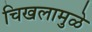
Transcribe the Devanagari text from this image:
चिखलामुळे